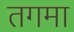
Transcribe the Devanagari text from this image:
तगमा